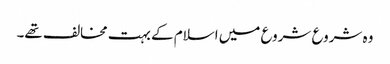
وہ شروع شروع میں اسلام کے بہت مخالف تھے۔